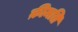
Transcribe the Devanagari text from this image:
क़ीमति